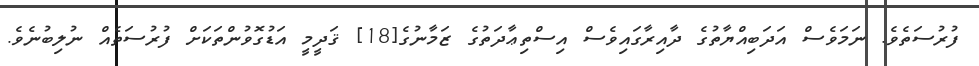
ފުރުސަތެވެ. ނަމަވެސް އަދަބިއްޔާތުގެ ދާއިރާގައިވެސް އިސްތިޢާދަތުގެ ޒަމާނުގެ[18] ޤަދީމީ އަޑުގޮވުންތަކަށް ފުރުސަތެއް ނުލިބުނެވެ.